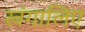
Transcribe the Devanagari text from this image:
खंगालिए